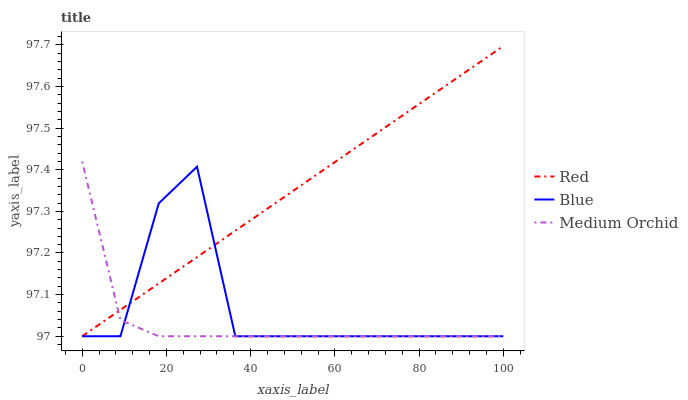
| xaxis_label | Red | Blue | Medium Orchid |
 | --- | --- | --- | --- |
 | 0 | 97 | 97 | 97.4 |
 | 9.09 | 97.1 | 97 | 97 |
 | 18.2 | 97.1 | 97.3 | 97 |
 | 27.3 | 97.2 | 97.4 | 97 |
 | 36.4 | 97.3 | 97 | 97 |
 | 45.5 | 97.3 | 97 | 97 |
 | 54.5 | 97.4 | 97 | 97 |
 | 63.6 | 97.4 | 97 | 97 |
 | 72.7 | 97.5 | 97 | 97 |
 | 81.8 | 97.6 | 97 | 97 |
 | 90.9 | 97.6 | 97 | 97 |
 | 100 | 97.7 | 97 | 97 |